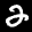
Label: 2